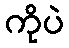
ကိုပဲ